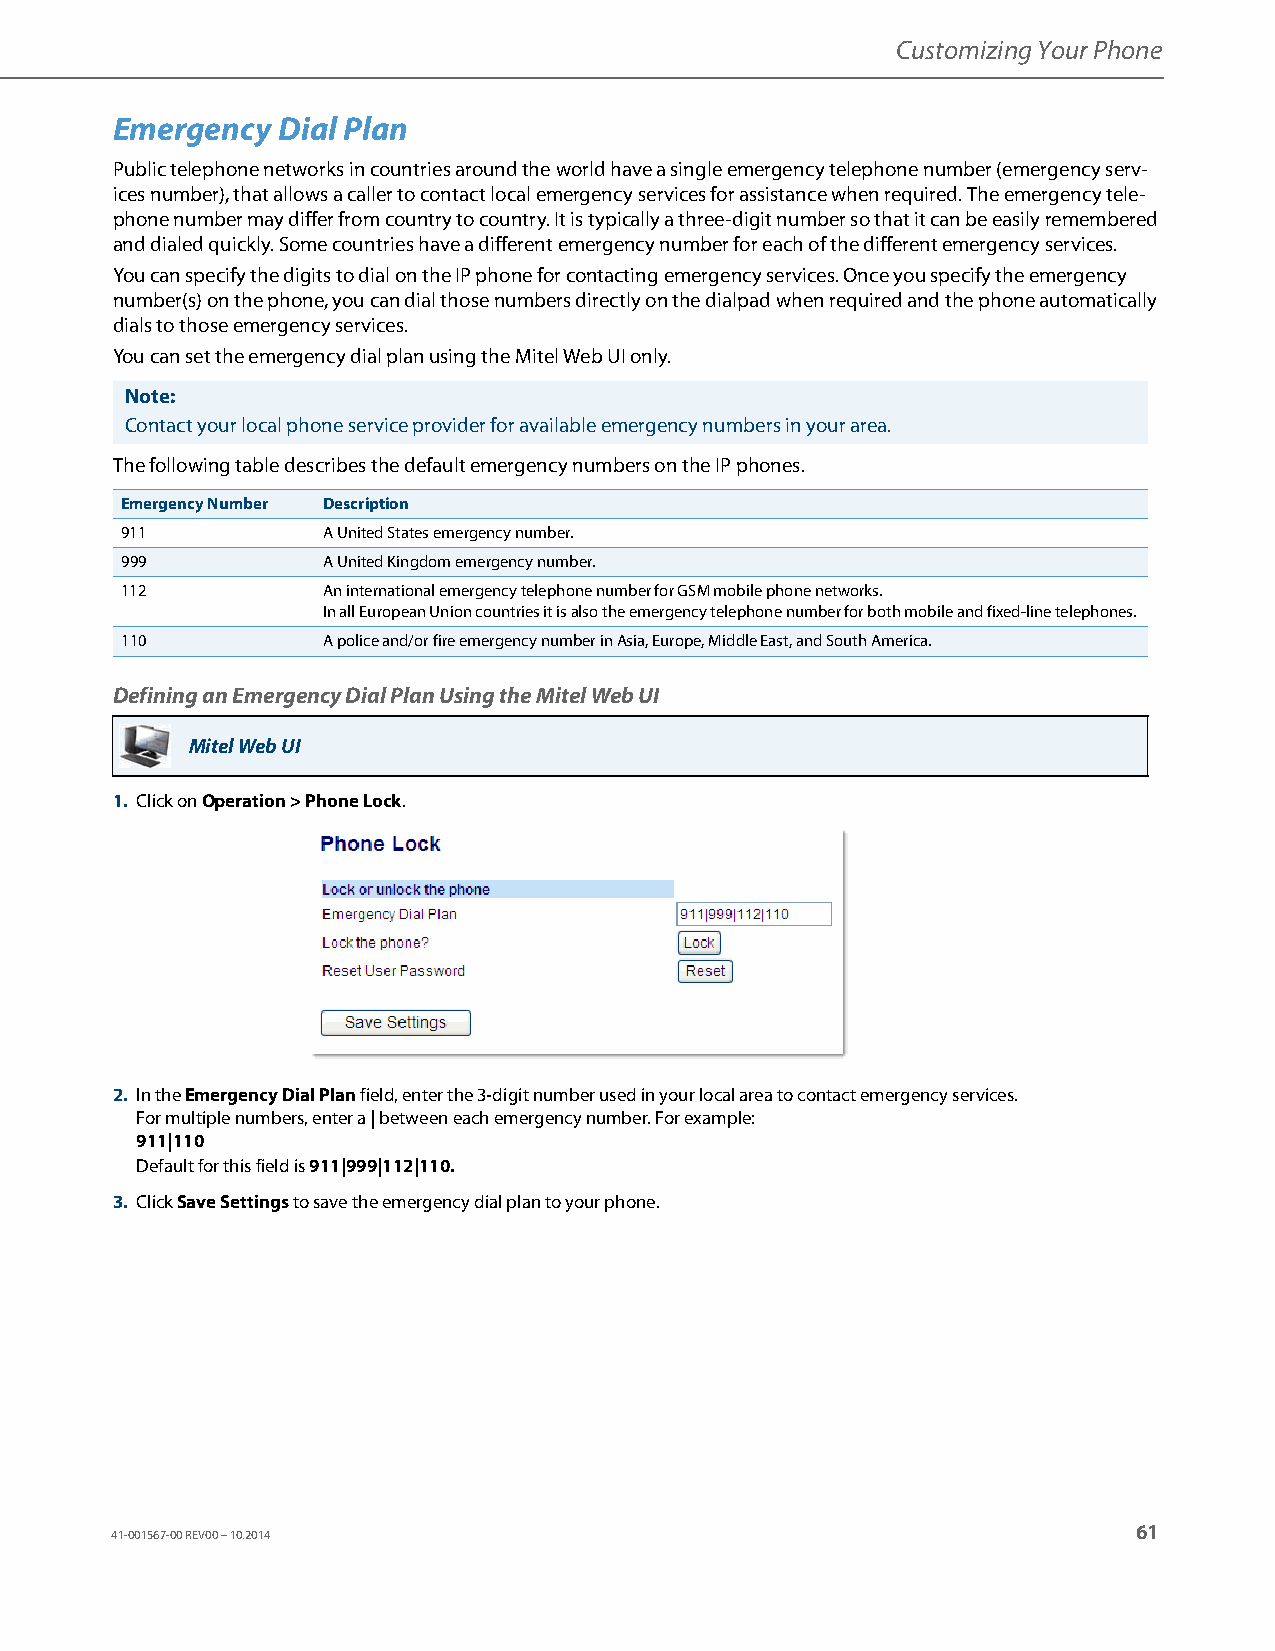
Customizing Your Phone
 Emergency  Dial Plan
 Public telephone networks in countries around the world have a single emergency telephone number (emergency serv-
 ices number), that allows a caller to contact local emergency services for assistance when required. The emergency tele-
 phone number may differ from country to country. It is typically a three-digit number so that it can be easily remembered
 and dialed quickly. Some countries have a different emergency number for each of the different emergency services.
 You can specify the digits to dial on the IP phone for contacting emergency services. Once you specify the emergency
 number(s) on the phone, you can dial those numbers directly on the dialpad when required and the phone automatically
 dials to those emergency services.
 You can set the emergency dial plan using the Mitel Web UI only.
 Note:
 Contact your local phone service provider for available emergency numbers in your area.
 The following table describes the default emergency numbers on the IP phones.
 Emergency Number Description
 911          A United States emergency number.
 999          A United Kingdom emergency number.
 112          An international emergency telephone number for GSM mobile phone networks.
 In all European Union countries it is also the emergency telephone number for both mobile and fixed-line telephones.
 110          A police and/or fire emergency number in Asia, Europe, Middle East, and South America.
 Defining an Emergency Dial Plan Using the Mitel Web UI
 Mitel Web UI
 1. Click on Operation > Phone Lock.
 2. In the Emergency Dial Plan field, enter the 3-digit number used in your local area to contact emergency services.
 For multiple numbers, enter a | between each emergency number. For example:
 911|110
 Default for this field is 911|999|112|110.
 3. Click Save Settings to save the emergency dial plan to your phone.
 61
 41-001567-00 REV00 – 10.2014